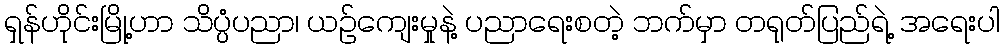
ရှန်ဟိုင်းမြို့ဟာ သိပ္ပံပညာ၊ ယဉ်ကျေးမှုနဲ့ ပညာရေးစတဲ့ ဘက်မှာ တရုတ်ပြည်ရဲ့ အရေးပါ